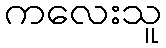
ကလေးသူ